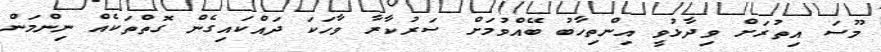
މޫސަ އިތުރަށް ވިދާޅުވީ އިންތިހާބު ބޭއްވުމަށް ސަރުކާރާ ވާހަކަ ދައްކައިގެން ގޮތްތަކެއް ނިންމަން